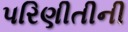
પરિણીતીની